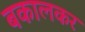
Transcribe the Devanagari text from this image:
बकालकर